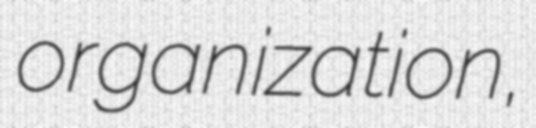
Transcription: organization,